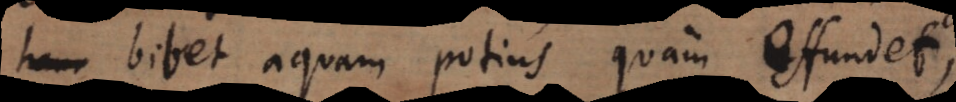
bibet aquam potius quam effundet,